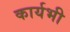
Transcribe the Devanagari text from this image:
कार्यभी